Civil Veterinary Dept. Assam report 1927-50 - 1927-1950
Year: 1927
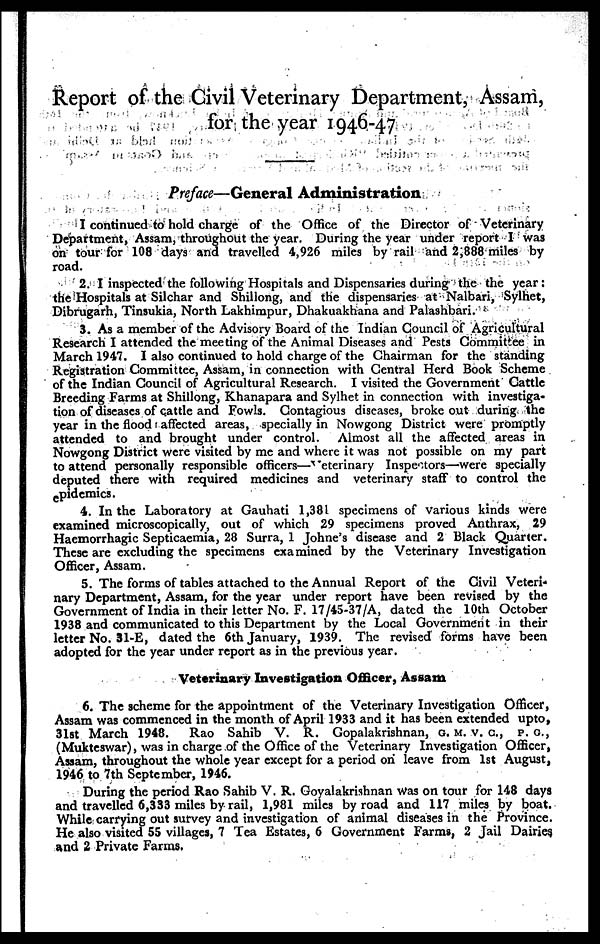
Report of the Civil Veterinary Department, Assam,
for the year 1946-47
Preface—General Administration
I continued to hold charge of the Office of the Director of Veterinary
Department, Assam, throughout the year. During the year under report I was
on tour for 108 days and travelled 4,926 miles by rail and 2,888 miles by
road.
2. I inspected the following Hospitals and Dispensaries during the the year:
the Hospitals at Silchar and Shillong, and the dispensaries at Nalbari, Sylhet,
Dibrugarh, Tinsukia, North Lakhimpur, Dhakuakhana and Palashbari.
3. As a member of the Advisory Board of the Indian Council of Agricultural
Research I attended the meeting of the Animal Diseases and Pests Committee in
March 1947. I also continued to hold charge of the Chairman for the standing
Registration Committee, Assam, in connection with Central Herd Book Scheme
of the Indian Council of Agricultural Research. I visited the Government Cattle
Breeding Farms at Shillong, Khanapara and Sylhet in connection with investiga-
tion of diseases of cattle and Fowls. Contagious diseases, broke out during the
year in the flood affected areas, specially in Nowgong District were promptly
attended to and brought under control. Almost all the affected areas in
Nowgong District were visited by me and where it was not possible on my part
to attend personally responsible officers—Veterinary Inspectors—were specially
deputed there with required medicines and veterinary staff to control the
epidemics.
4. In the Laboratory at Gauhati 1,381 specimens of various kinds were
examined microscopically, out of which 29 specimens proved Anthrax, 29
Haemorrhagic Septicaemia, 28 Surra, 1 Johne's disease and 2 Black Quarter.
These are excluding the specimens examined by the Veterinary Investigation
Officer, Assam.
5. The forms of tables attached to the Annual Report of the Civil Veteri-
nary Department, Assam, for the year under report have been revised by the
Government of India in their letter No. F. 17/45-37/A, dated the 10th October
1938 and communicated to this Department by the Local Government in their
letter No. 31-E, dated the 6th January, 1939. The revised forms have been
adopted for the year under report as in the previous year.
Veterinary Investigation Officer, Assam
6. The scheme for the appointment of the Veterinary Investigation Officer,
Assam was commenced in the month of April 1933 and it has been extended upto,
31st March 1948.
Rao Sahib V. R. Gopalakrishnan, G. M. V. C, P. C.,
(Mukteswar), was in charge of the Office of the Veterinary Investigation Officer,
Assam, throughout the whole year except for a period on leave from 1st August,
1946 to 7th September, 1946.
During the period Rao Sahib V. R. Goyalakrishnan was on tour for 148 days
and travelled 6,333 miles by rail, 1,981 miles by road and 117 miles by boat.
While carrying out survey and investigation of animal diseases in the Province.
He also visited 55 villages, 7 Tea Estates, 6 Government Farms, 2 Jail Dairies
and 2 Private Farms.